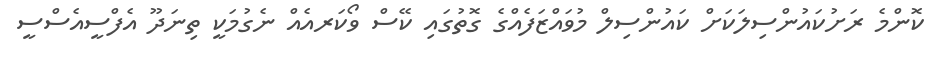
ކޮންމެ ރަށުކައުންސިލަކަށް ކައުންސިލް މުވައްޒަފެއްގެ ގޮތުގައި ކޭސް ވޯކަރއެއް ނެގުމަކީ ތިނަދޫ އެފްސީއެސްސީ